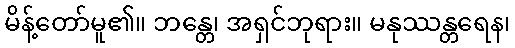
မိန့်တော်မူ၏။ ဘန္တေ၊ အရှင်ဘုရား။ မနုဿန္တရေန၊